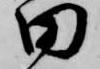
田